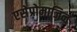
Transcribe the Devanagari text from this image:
एसेप्रोमाजिन